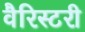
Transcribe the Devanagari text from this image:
वैरिस्टरी